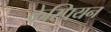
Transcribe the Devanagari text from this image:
केस्पियन